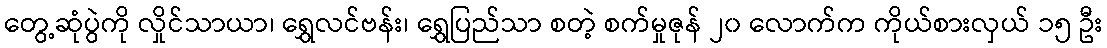
တွေ့ဆုံပွဲကို လှိုင်သာယာ၊ ရွှေလင်ဗန်း၊ ရွှေပြည်သာ စတဲ့ စက်မှုဇုန် ၂၀ လောက်က ကိုယ်စားလှယ် ၁၅ ဦး